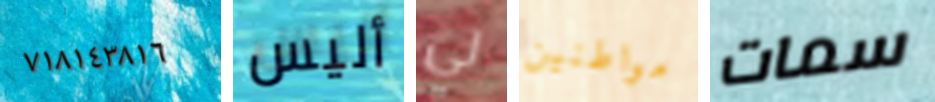
٧١٨١٤٣٨١٦ أليس لي مواطنين سمات